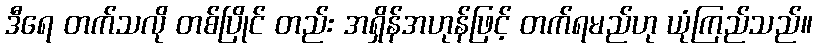
ဒီရေ တက်သလို တစ်ပြိုင် တည်း အရှိန်အဟုန်ဖြင့် တက်ရမည်ဟု ယုံကြည်သည်။